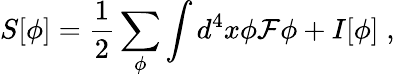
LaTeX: S[\phi]=\frac{1}{2}\sum_{\phi}\int d^{4}x\phi{\cal F}\phi+I[\phi]\; ,